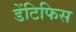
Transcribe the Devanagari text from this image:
डेंटिफिस